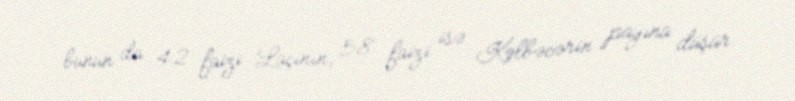
bunun da 42 faizi Laçının, 58 faizi isə Kəlbəcərin payına düşür.